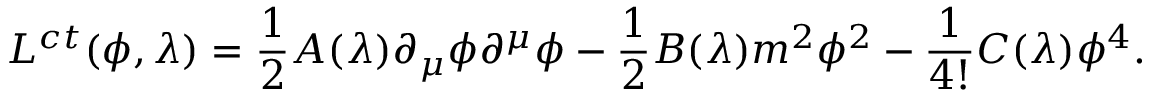
{ \cal L } ^ { c t } ( \phi , \lambda ) = { \frac { 1 } { 2 } } A ( \lambda ) \partial _ { \mu } \phi \partial ^ { \mu } \phi - { \frac { 1 } { 2 } } B ( \lambda ) m ^ { 2 } \phi ^ { 2 } - { \frac { 1 } { 4 ! } } C ( \lambda ) \phi ^ { 4 } .